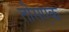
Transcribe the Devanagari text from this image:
तीसएक